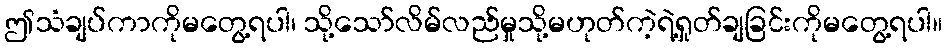
ဤသံချပ်ကာကိုမတွေ့ရပါ၊ သို့သော်လိမ်လည်မှုသို့မဟုတ်ကဲ့ရဲ့ရှုတ်ချခြင်းကိုမတွေ့ရပါ။